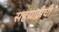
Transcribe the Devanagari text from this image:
सहयाद्रीची